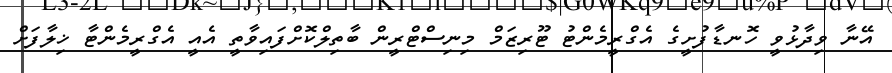
އޭނާ ވިދާޅުވީ ހޮނޑާފުށީގެ އެގްރީމެންޓު ޓޫރިޒަމް މިނިސްޓްރީން ބާތިލްކޮށްފައިވާތީ އެއީ އެގްރީމެންޓާ ޚިލާފަށް